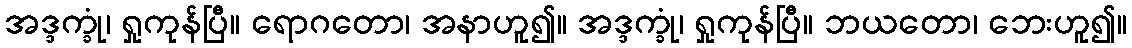
အဒ္ဒက္ခုံ၊ ရှုကုန်ပြီ။ ရောဂတော၊ အနာဟူ၍။ အဒ္ဒက္ခုံ၊ ရှုကုန်ပြီ။ ဘယတော၊ ဘေးဟူ၍။